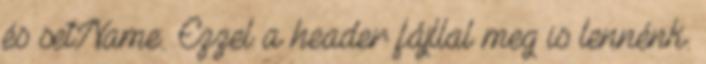
és setName:. Ezzel a header fájllal meg is lennénk.